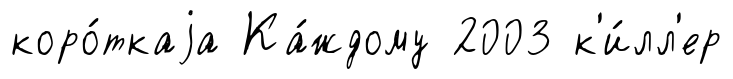
коро́ткаjа Ка́ждому 2003 к'и́лл'ер